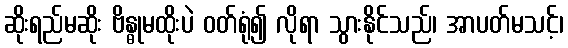
ဆိုးရည်မဆိုး ဗိန္ဓုမထိုးပဲ ဝတ်ရုံ၍ လိုရာ သွားနိုင်သည်၊ အာပတ်မသင့်၊